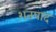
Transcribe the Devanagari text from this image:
शतपाद